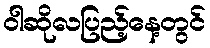
ဝါဆိုလပြည့်နေ့တွင်